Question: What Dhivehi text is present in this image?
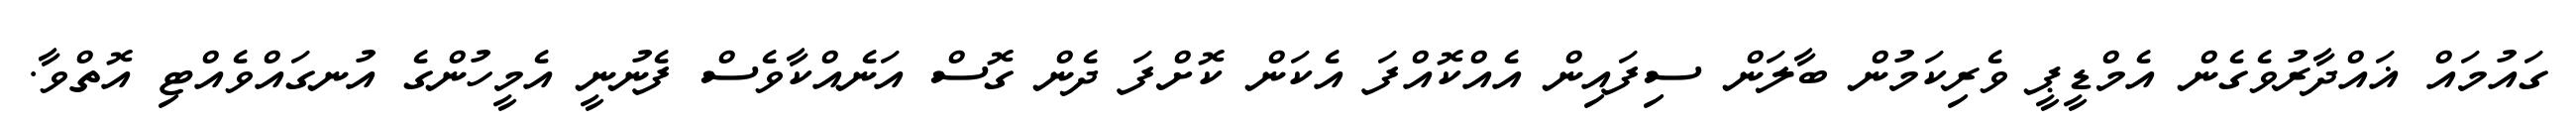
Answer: ގައުމައް ޣައްދާރުވެގެން އެމްޑީޕީ ވެރިކަމުން ބާލަން ސިފައިން އެއްކޮއްފަ އެކަން ކޮށްފަ ދެން ގޮސް އަނެއްކާވެސް ފެނުނީ އެމީހުންގެ އުނގައްވެއްޓި އޮތްވާ.